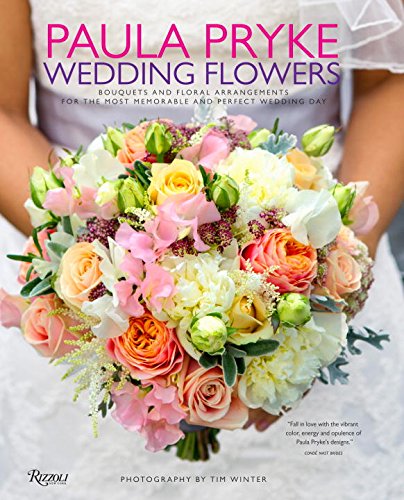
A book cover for Paula Pryke: Wedding Flowers: Bouquets and Floral Arrangements for the Most Memorable and Perfect Wedding Day; Paula Pryke; Crafts, Hobbies & Home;